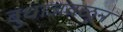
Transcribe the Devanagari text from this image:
बुधाजवळून